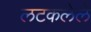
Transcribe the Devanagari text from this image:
लटकलेले